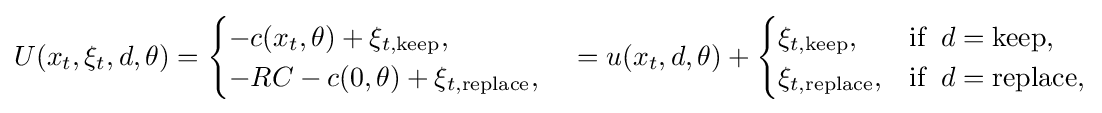
U(x_{t},\xi _{t},d,\theta )={\begin{cases}-c(x_{t},\theta )+\xi _{t,{\text{keep}}},&\\-RC-c(0,\theta )+\xi _{t,{\text{replace}}},&\end{cases}}=u(x_{t},d,\theta )+{\begin{cases}\xi _{t,{\text{keep}}},&{\textrm {if}}\;\;d={\text{keep}},\\\xi _{t,{\text{replace}}},&{\textrm {if}}\;\;d={\text{replace}},\end{cases}}